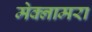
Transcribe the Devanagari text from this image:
मेक्नामरा